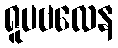
ရူပဗလေန